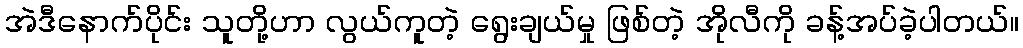
အဲဒီနောက်ပိုင်း သူတို့ဟာ လွယ်ကူတဲ့ ရွေးချယ်မှု ဖြစ်တဲ့ အိုလီကို ခန့်အပ်ခဲ့ပါတယ်။